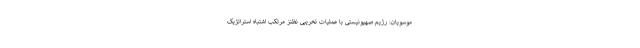
موسویان: رژیم صهیونیستی با عملیات تخریبی نظنز مرتکب اشتباه استراتژیک